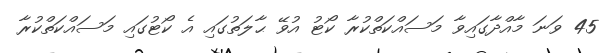
45 ވަނަ މާއްދާގައިވާ މަސައްކަތްކުރާ ކޯޓު އުވޭ ޙާލަތުގައި އެ ކޯޓުގައި މަސައްކަތްކުރާ